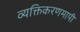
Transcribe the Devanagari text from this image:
व्यक्तिकरणमापी